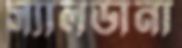
স্যালডানা